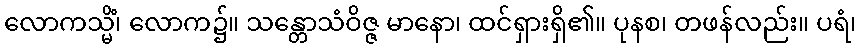
လောကသ္မိံ၊ လောက၌။ သန္တောသံဝိဇ္ဇ မာနော၊ ထင်ရှားရှိ၏။ ပုနစ၊ တဖန်လည်း။ ပရံ၊